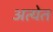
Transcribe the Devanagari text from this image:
अत्येत